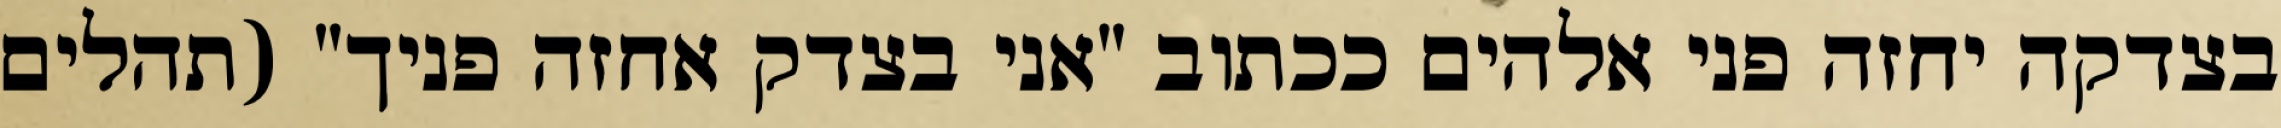
בצדקה יחזה פני אלהים ככתוב "אני בצדק אחזה פניך" (תהלים